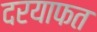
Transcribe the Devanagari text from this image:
दरयाफत